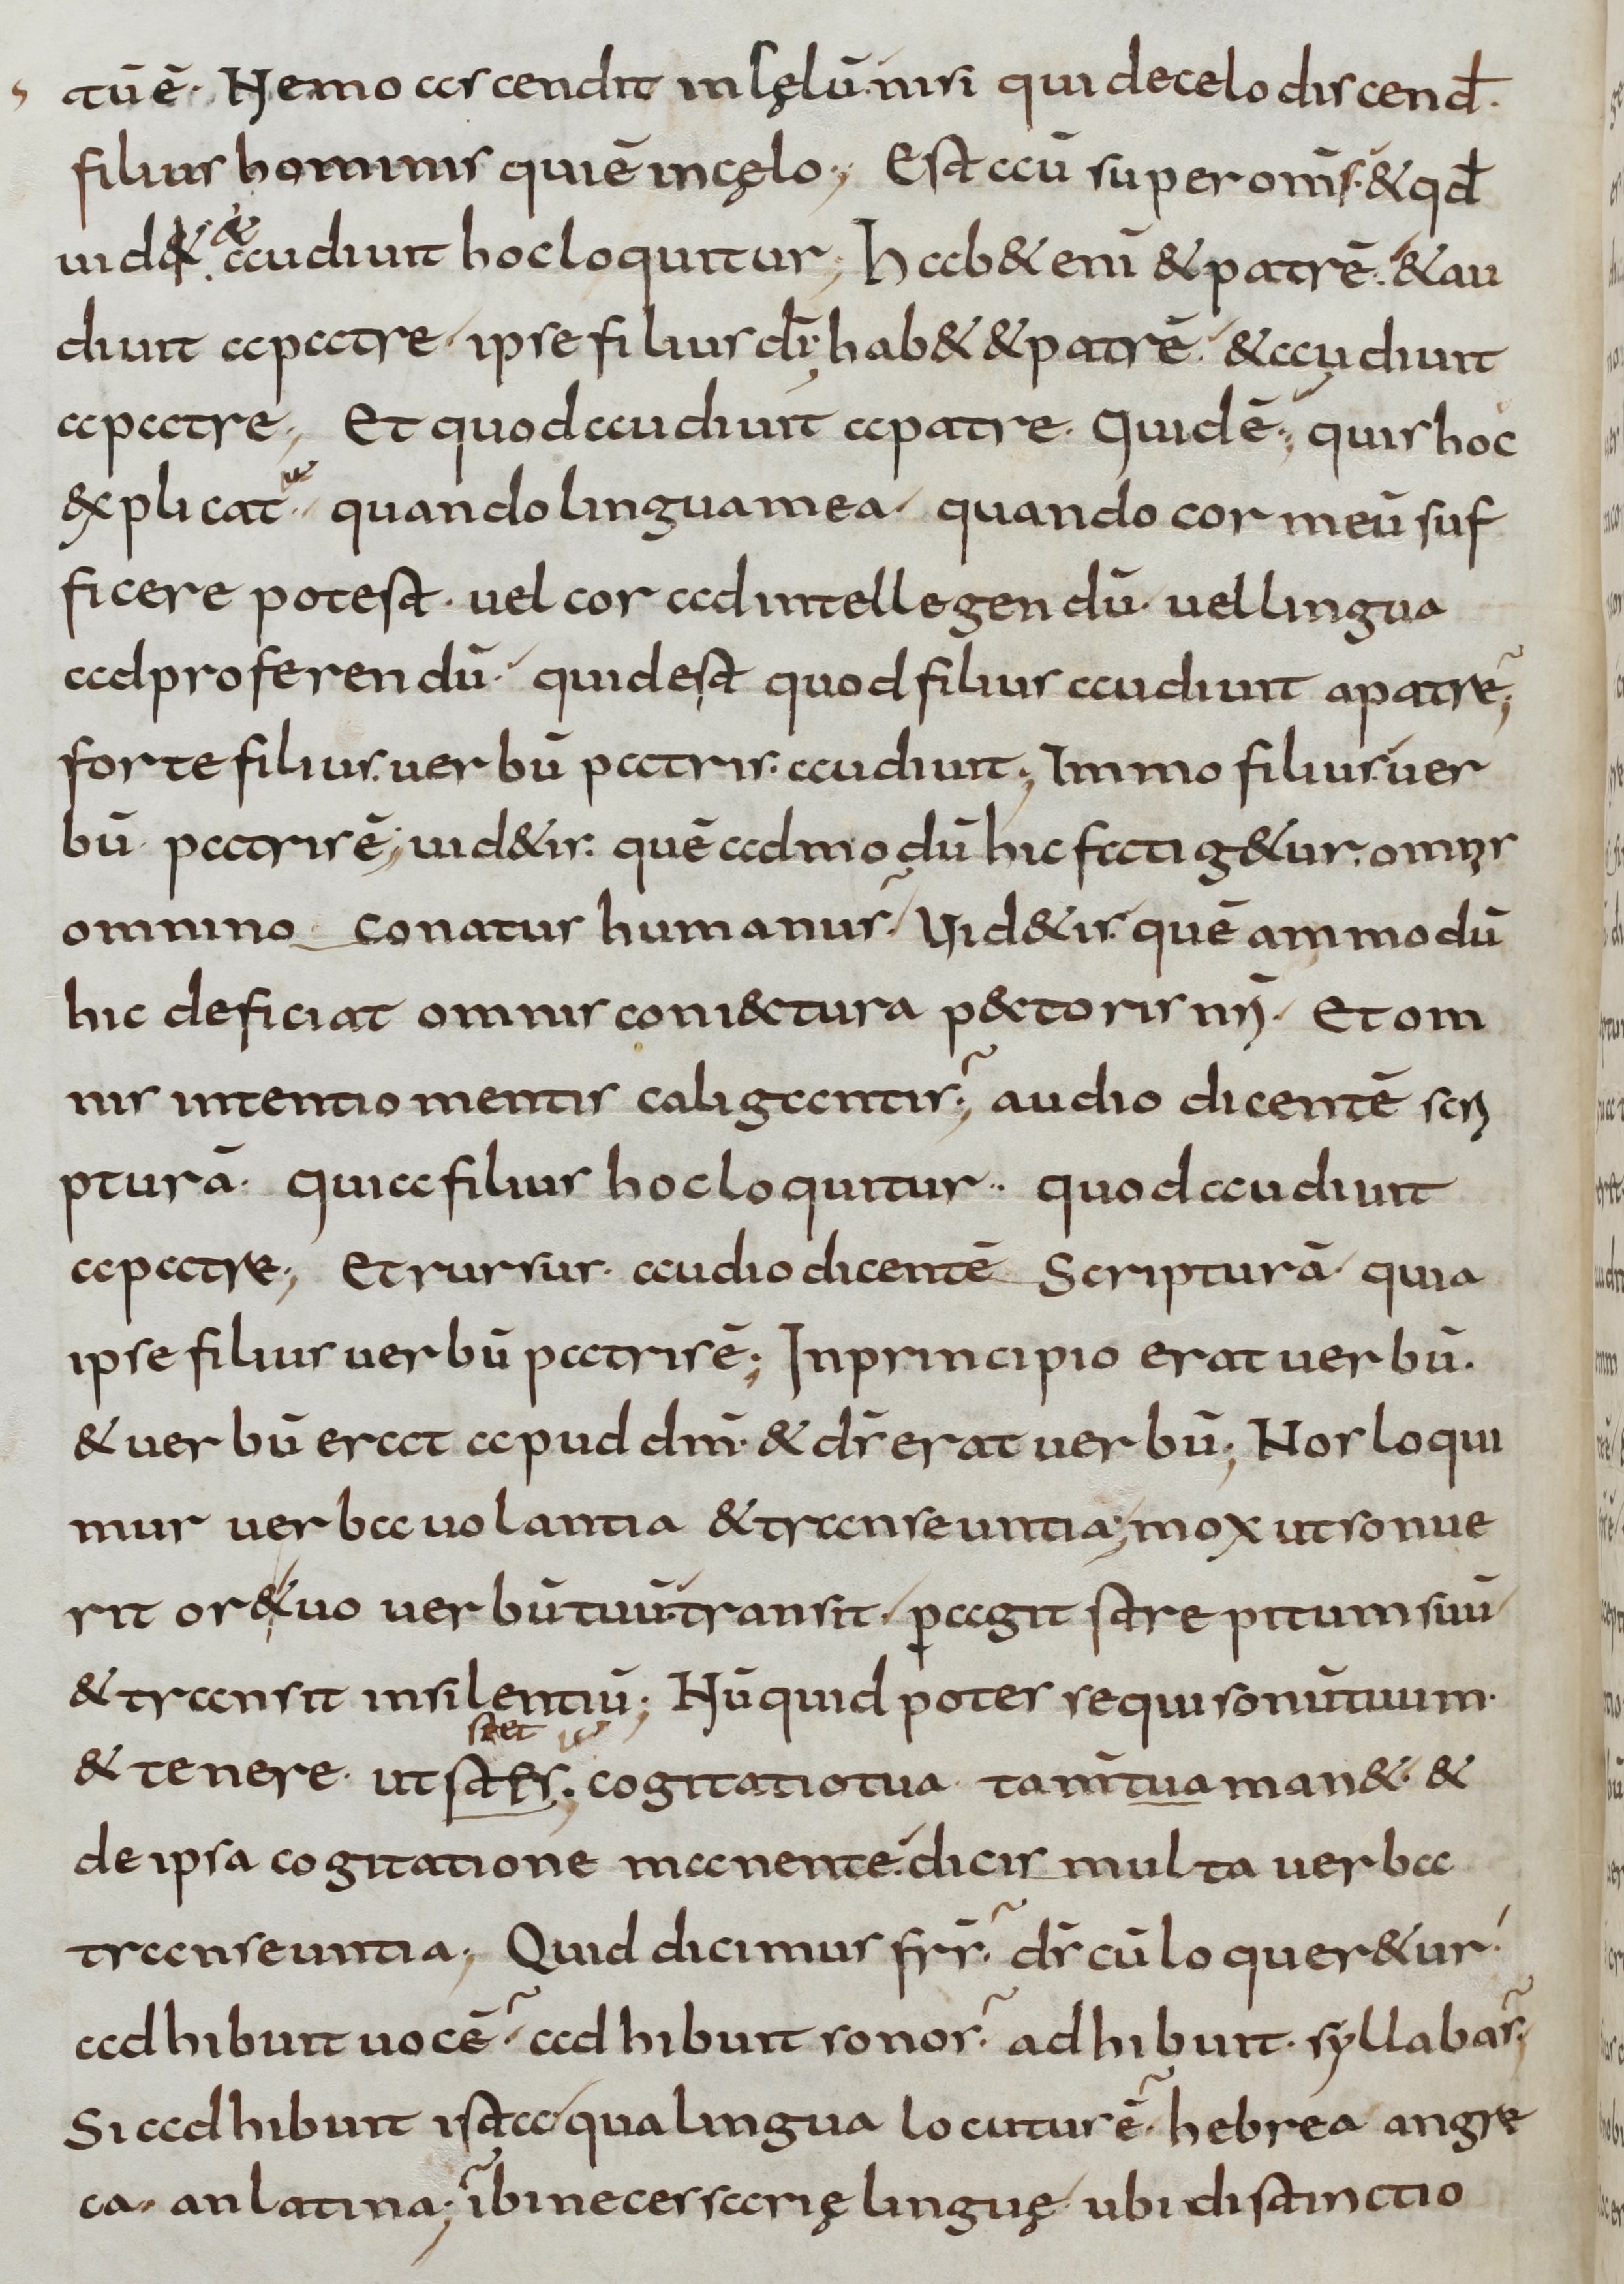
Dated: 800–899